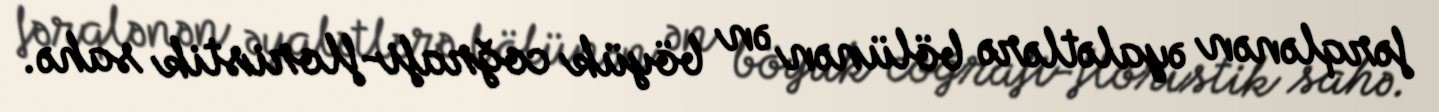
fərqlənən əyalətlərə bölünən ən böyük coğrafi-floristik sahə.